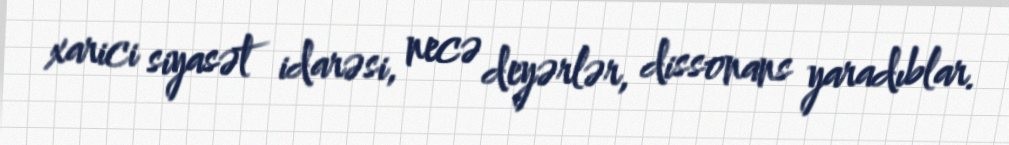
xarici siyasət idarəsi, necə deyərlər, dissonans yaradıblar.